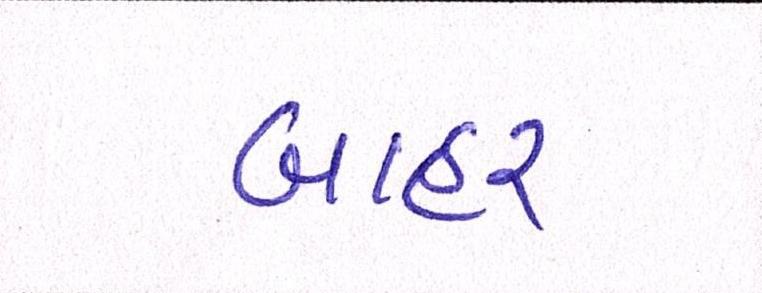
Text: બાહર